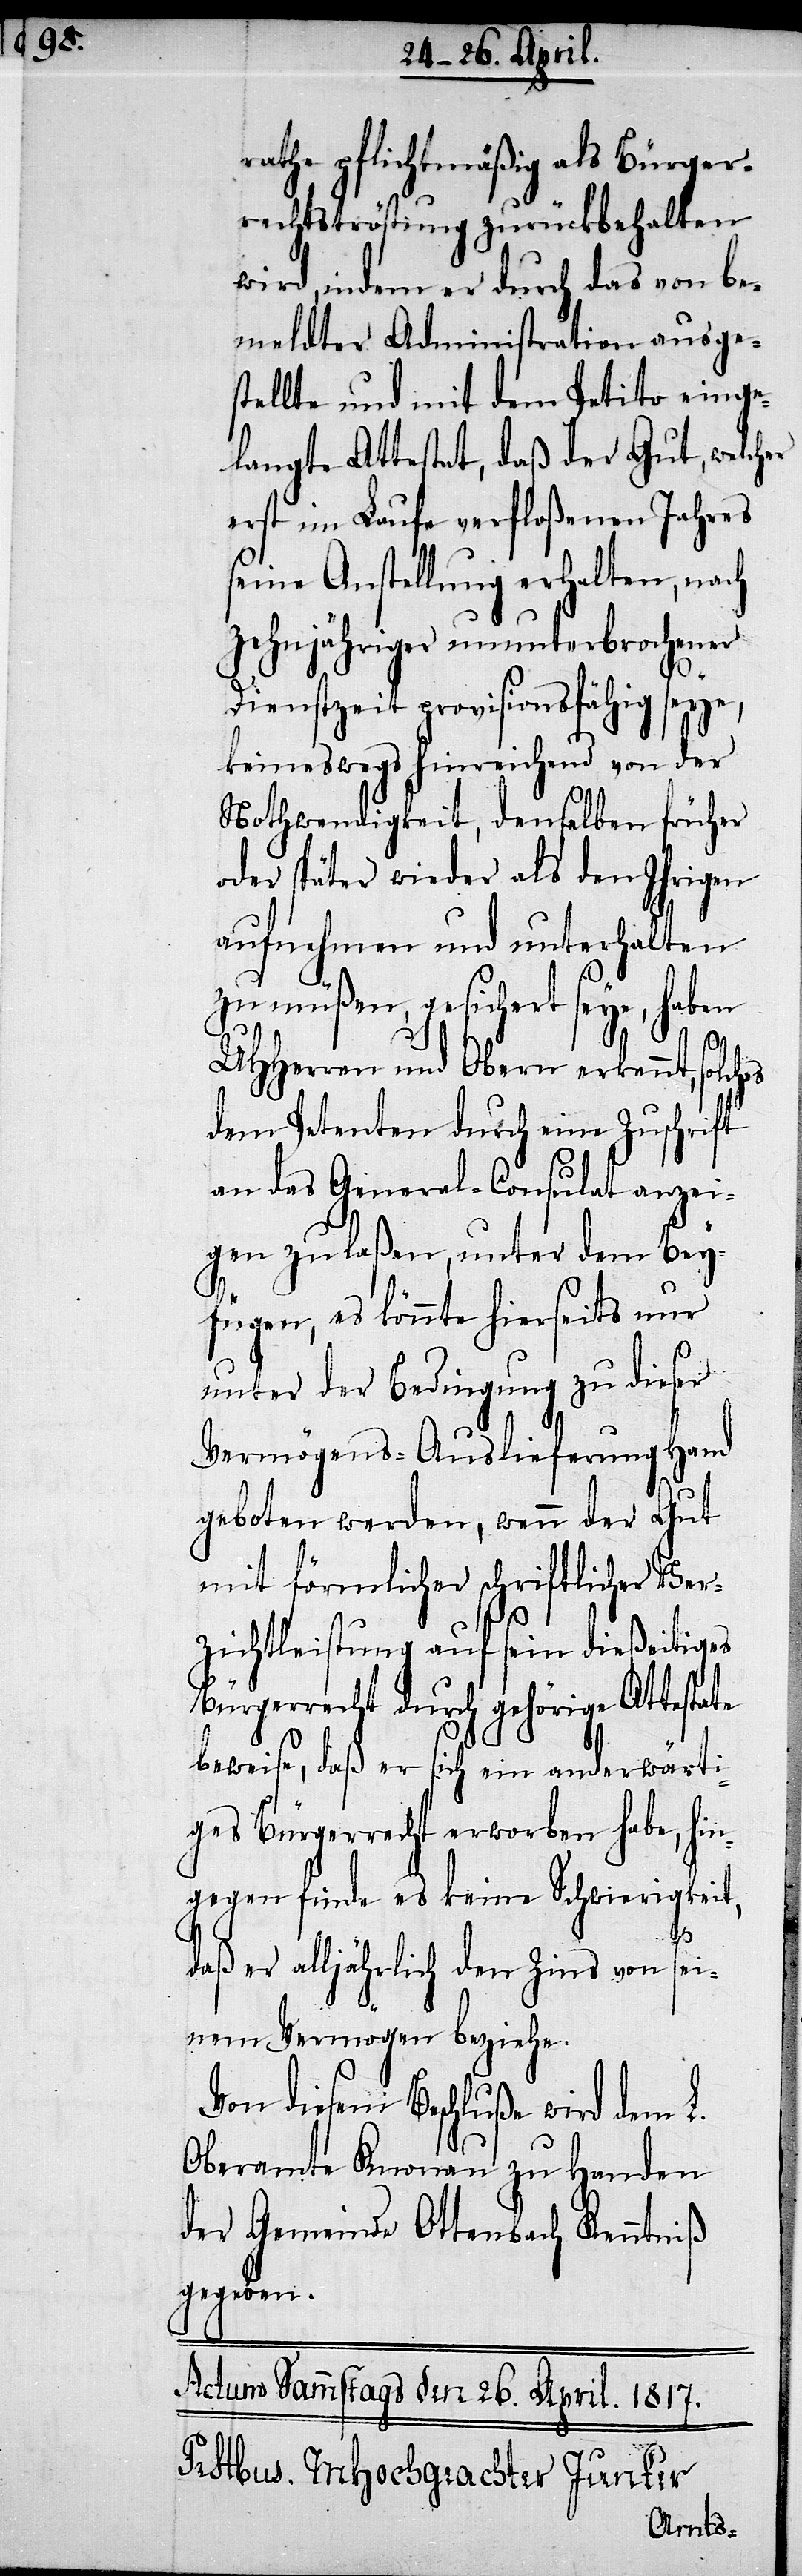
rathe pflichtmäßig als Bürger¬
rechtströstung zurückbehalten
wird, indem er durch das von be¬
meldter Administration ausge¬
stellte und mit dem Petito einge¬
langte Attestat, daß der Gut, welcher
erst im Laufe verfloßenen Jahres
seine Anstellung erhalten, nach
zehnjähriger ununterbrochener
Dienstzeit provisionsfähig seye,
keineswegs hinreichend von der
Nothwendigkeit, denselben früher
oder später wieder als den Ihrigen
aufnehmen und unterhalten
zu müßen, gesichert seye, haben
UHHerren und Obern erkennt,
dem Petenten durch eine Zuschrift
an das General-Consulat anzei¬
gen zu laßen, unter dem Bey¬
fügen, es könnte hierseits nur
unter der Bedingung zu dieser
Vermögens-Auslieferung Hand
geboten werden, wenn der Gut
mit förmlicher schriftlicher Ver¬
zichtleistung auf sein dießeitiges
Bürgerrecht durch gehörige Attestate
beweise, daß er sich ein anderwärti¬
ges Bürgerrecht erworben habe, hin¬
gegen finde es keine Schwierigkeit,
daß er alljährlich den Zins von sei¬
nem Vermögen beziehe.
Von diesem Beschluße wird dem L.
Oberamte Knonau zu Handen
der Gemeinde Ottenbach Kenntniß
gegeben.